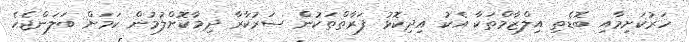
ހަރުކަށިމާއި ބޮޑެތި އިލްޒާމްތަކާ އެކު އިދިކޮޅު ފަރާތްތަކުން ސަރުކާރާ ދިމާކޮށްލުމުން ކަމަށް ބަލަންޖެހެ